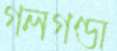
গলগণ্ডা